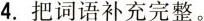
4. 把词语补充完整。